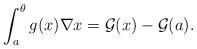
LaTeX: \begin{align*}\int_{a}^{\theta}g(x)\nabla x = \mathcal{G}(x) - \mathcal{G}(a).\end{align*}